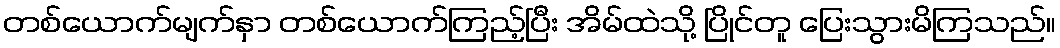
တစ်ယောက်မျက်နှာ တစ်ယောက်ကြည့်ပြီး အိမ်ထဲသို့ ပြိုင်တူ ပြေးသွားမိကြသည်။